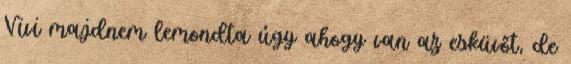
Vivi majdnem lemondta úgy ahogy van az esküvőt, de